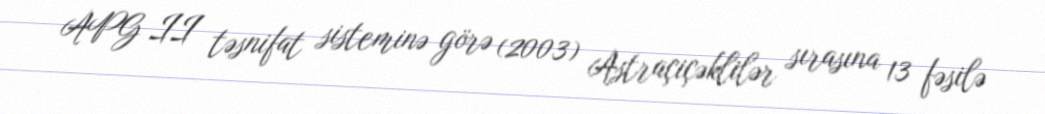
APG II təsnifat sisteminə görə (2003) Astraçiçəklilər sırasına 13 fəsilə